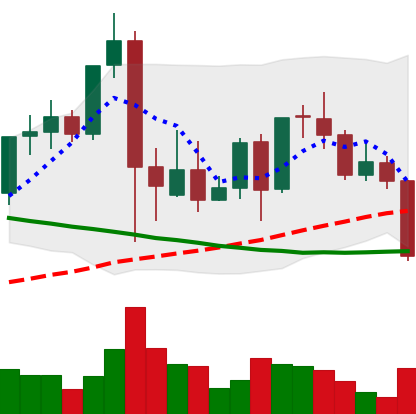
Ticker: LINK-USD
Chart end date: 2021-09-20
Forward return: 4.663%
Label: up_3_5